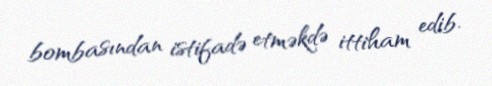
bombasından istifadə etməkdə ittiham edib.